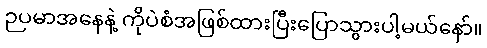
ဉပမာအနေနဲ့ ကိုပဲစံအဖြစ်ထားပြီးပြောသွားပါ့မယ်နော်။